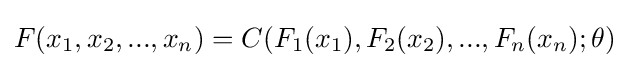
F(x_{1},x_{2},...,x_{n})=C(F_{1}(x_{1}),F_{2}(x_{2}),...,F_{n}(x_{n});\theta )